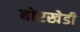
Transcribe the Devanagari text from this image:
बोरखेडी